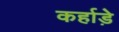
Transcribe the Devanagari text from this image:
कर्हाड़े